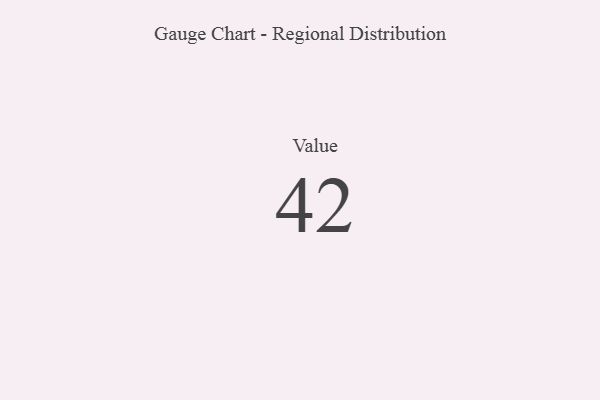
{"axis": {"x": "Metric", "y": "Value"}, "legend": [""], "data": [{"x": "Value", "y": 42, "type": ""}]}